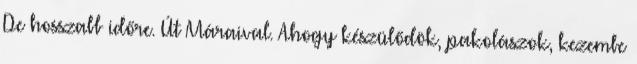
De hosszabb időre. Út Máraival. Ahogy készülődök, pakolászok, kezembe